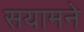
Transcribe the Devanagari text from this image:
सयामने